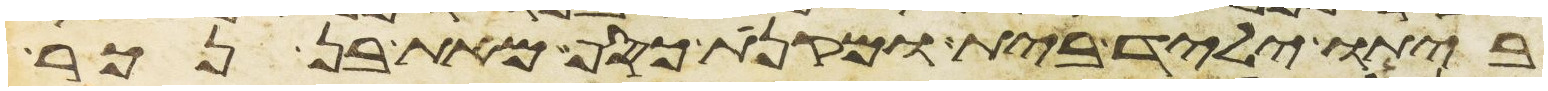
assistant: ביתו יליד בית ומקנת כסף מאת בן נכר